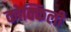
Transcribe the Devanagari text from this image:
कोक्किली